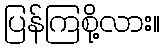
ပြန်ကြစို့လား။